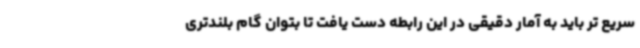
سریع تر باید به آمار دقیقی در این رابطه دست یافت تا بتوان گام بلندتری